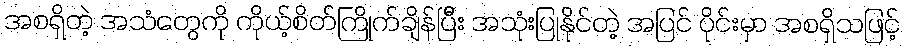
အစရှိတဲ့ အသံတွေကို ကိုယ့်စိတ်ကြိုက်ချိန်ပြီး အသုံးပြုနိုင်တဲ့ အပြင် ပိုင်းမှာ အစရှိသဖြင့်